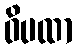
ဝိပထာ